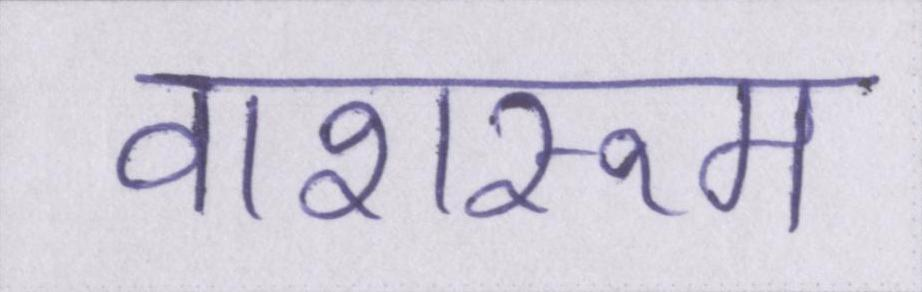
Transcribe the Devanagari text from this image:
वाशरूम